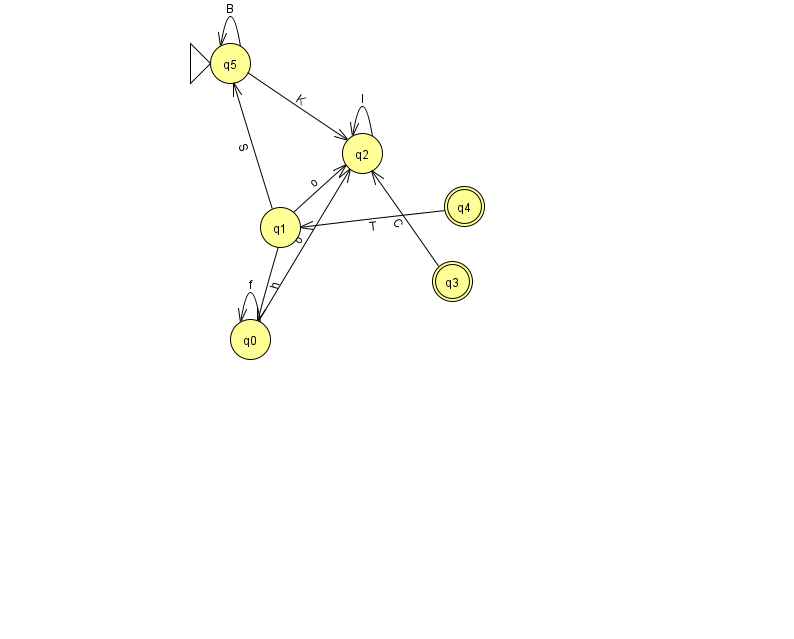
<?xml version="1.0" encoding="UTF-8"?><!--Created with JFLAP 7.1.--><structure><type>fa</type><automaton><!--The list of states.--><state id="0" name="q0"><x>250.0</x><y>326.0</y></state><state id="1" name="q1"><x>280.0</x><y>214.0</y></state><state id="2" name="q2"><x>362.0</x><y>140.0</y></state><state id="3" name="q3"><x>452.0</x><y>268.0</y><final/></state><state id="4" name="q4"><x>464.0</x><y>193.0</y><final/></state><state id="5" name="q5"><x>230.0</x><y>50.0</y><initial/></state><!--The list of transitions.--><transition><from>1</from><to>2</to><read>o</read></transition><transition><from>5</from><to>5</to><read>B</read></transition><transition><from>1</from><to>0</to><read>h</read></transition><transition><from>0</from><to>0</to><read>f</read></transition><transition><from>3</from><to>2</to><read>C</read></transition><transition><from>4</from><to>1</to><read>T</read></transition><transition><from>5</from><to>2</to><read>K</read></transition><transition><from>2</from><to>2</to><read>l</read></transition><transition><from>0</from><to>2</to><read>o</read></transition><transition><from>1</from><to>5</to><read>S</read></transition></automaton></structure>